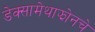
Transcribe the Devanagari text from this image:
डेक्सामेथाझोनचे